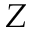
Z